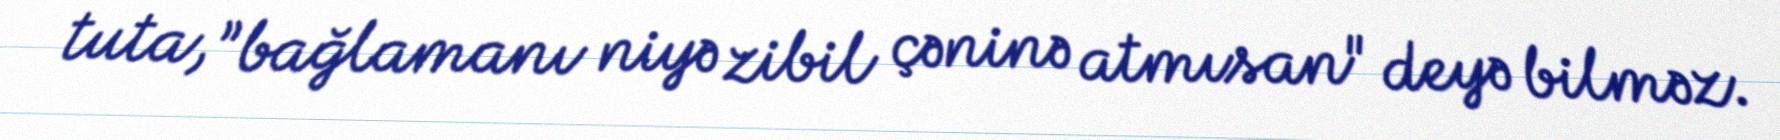
tuta, ”bağlamanı niyə zibil çəninə atmısan" deyə bilməz.